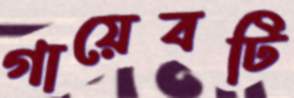
গায়েবটি